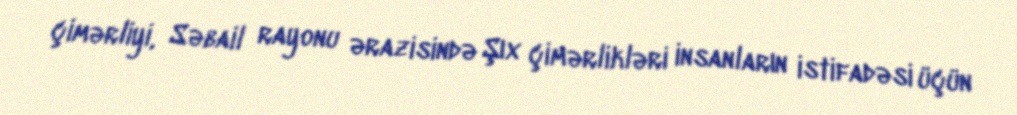
çimərliyi, Səbail rayonu ərazisində Şıx çimərlikləri insanların istifadəsi üçün